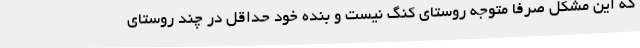
که این مشکل صرفا متوجه روستای کنگ نیست و بنده خود حداقل در چند روستای